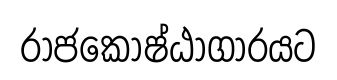
රාජකොෂ්ඨාගාරයට